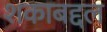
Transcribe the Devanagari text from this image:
शकाबद्दल